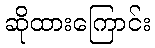
ဆိုထားကြောင်း